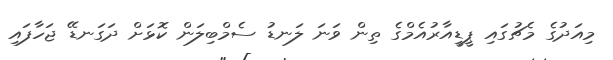
މިއަދުގެ މެޗުގައި ޕީޑީއާރުއެމްގެ ތިން ވަނަ ލަނޑު ސެމްބިލަން ކޮޅަށް ދަގަނޑޭ ޖަހާފައި